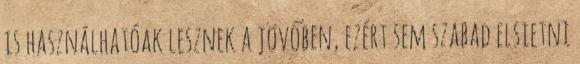
is használhatóak lesznek a jövőben, ezért sem szabad elsietni